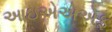
આઇએએએફ